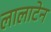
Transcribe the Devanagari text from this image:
लालाटेन